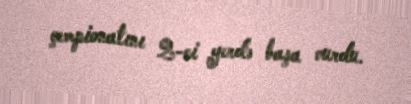
çempionatını 2-ci yerdə başa vurdu.